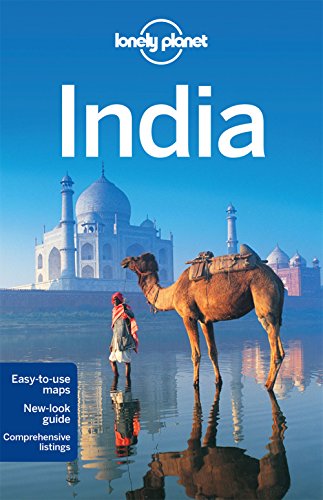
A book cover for Lonely Planet India (Travel Guide); Lonely Planet; Travel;